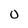
Character: 0